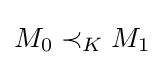
M_{0}\prec _{K}M_{1}